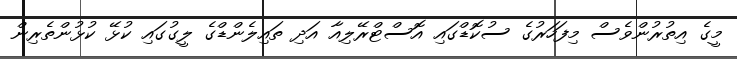
މީގެ އިތުރުންވެސް މިފަހަރުގެ ސުކޮޑްގައި އޮސްޓްރޭލިއާ އަދި ތައިލެންޑްގެ ލީގުގައި ކުޅޭ ކުޅުންތެރިން